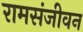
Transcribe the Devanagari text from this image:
रामसंजीवन